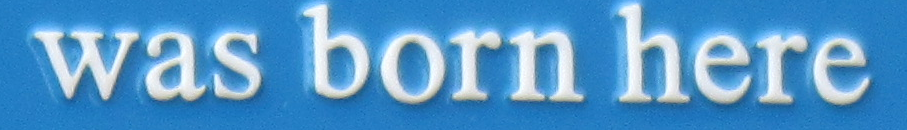
was born here